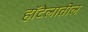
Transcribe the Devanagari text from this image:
हॉटेलातील